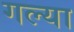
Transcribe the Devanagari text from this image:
गल्या